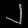
Digit: ၂